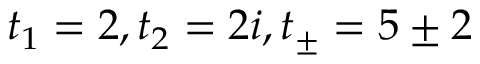
t _ { 1 } = 2 , t _ { 2 } = 2 i , t _ { \pm } = 5 \pm 2